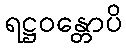
ရဋ္ဌဝန္တောပိ